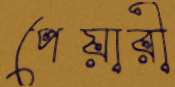
পেয়ারী